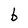
Character: b